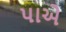
પાએ